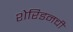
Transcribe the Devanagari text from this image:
शेरिडनची